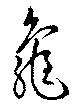
龜